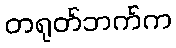
တရုတ်ဘက်က